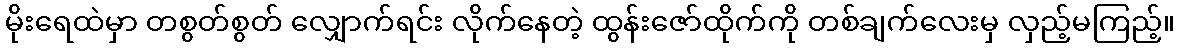
မိုးရေထဲမှာ တစွတ်စွတ် လျှောက်ရင်း လိုက်နေတဲ့ ထွန်းဇော်ထိုက်ကို တစ်ချက်လေးမှ လှည့်မကြည့်။